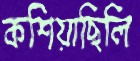
কশিয়াছিলি